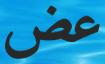
عض